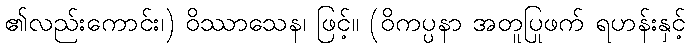
၏လည်းကောင်း၊) ဝိဿာသေန၊ ဖြင့်။ (ဝိကပ္ပနာ အတူပြုဖက် ရဟန်းနှင့်